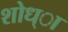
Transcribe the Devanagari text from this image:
शोध्ा